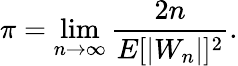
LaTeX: \pi=\operatorname*{lim}_{n\to\infty}{\frac{2n}{E[|W_{n}|]^{2}}}.